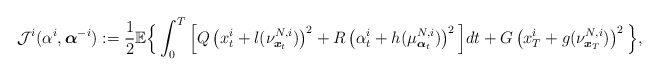
\begin{align*}\mathcal{J}^i(\alpha^i,\boldsymbol{\alpha}^{-i}):=\frac{1}{2}\mathbb{E}\Big\{\int_0^T\Big[Q\left(x^i_t+l(\nu^{N,i}_{\boldsymbol{x}_t})\right)^2+R\left(\alpha^i_t+h(\mu^{N,i}_{\boldsymbol{\alpha}_t})\right)^2\Big]dt+G\left(x^i_T+g(\nu^{N,i}_{\boldsymbol{x}_T})\right)^2\Big\},\end{align*}